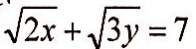
\sqrt { 2 x } + \sqrt { 3 y } = 7